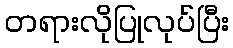
တရားလိုပြုလုပ်ပြီး